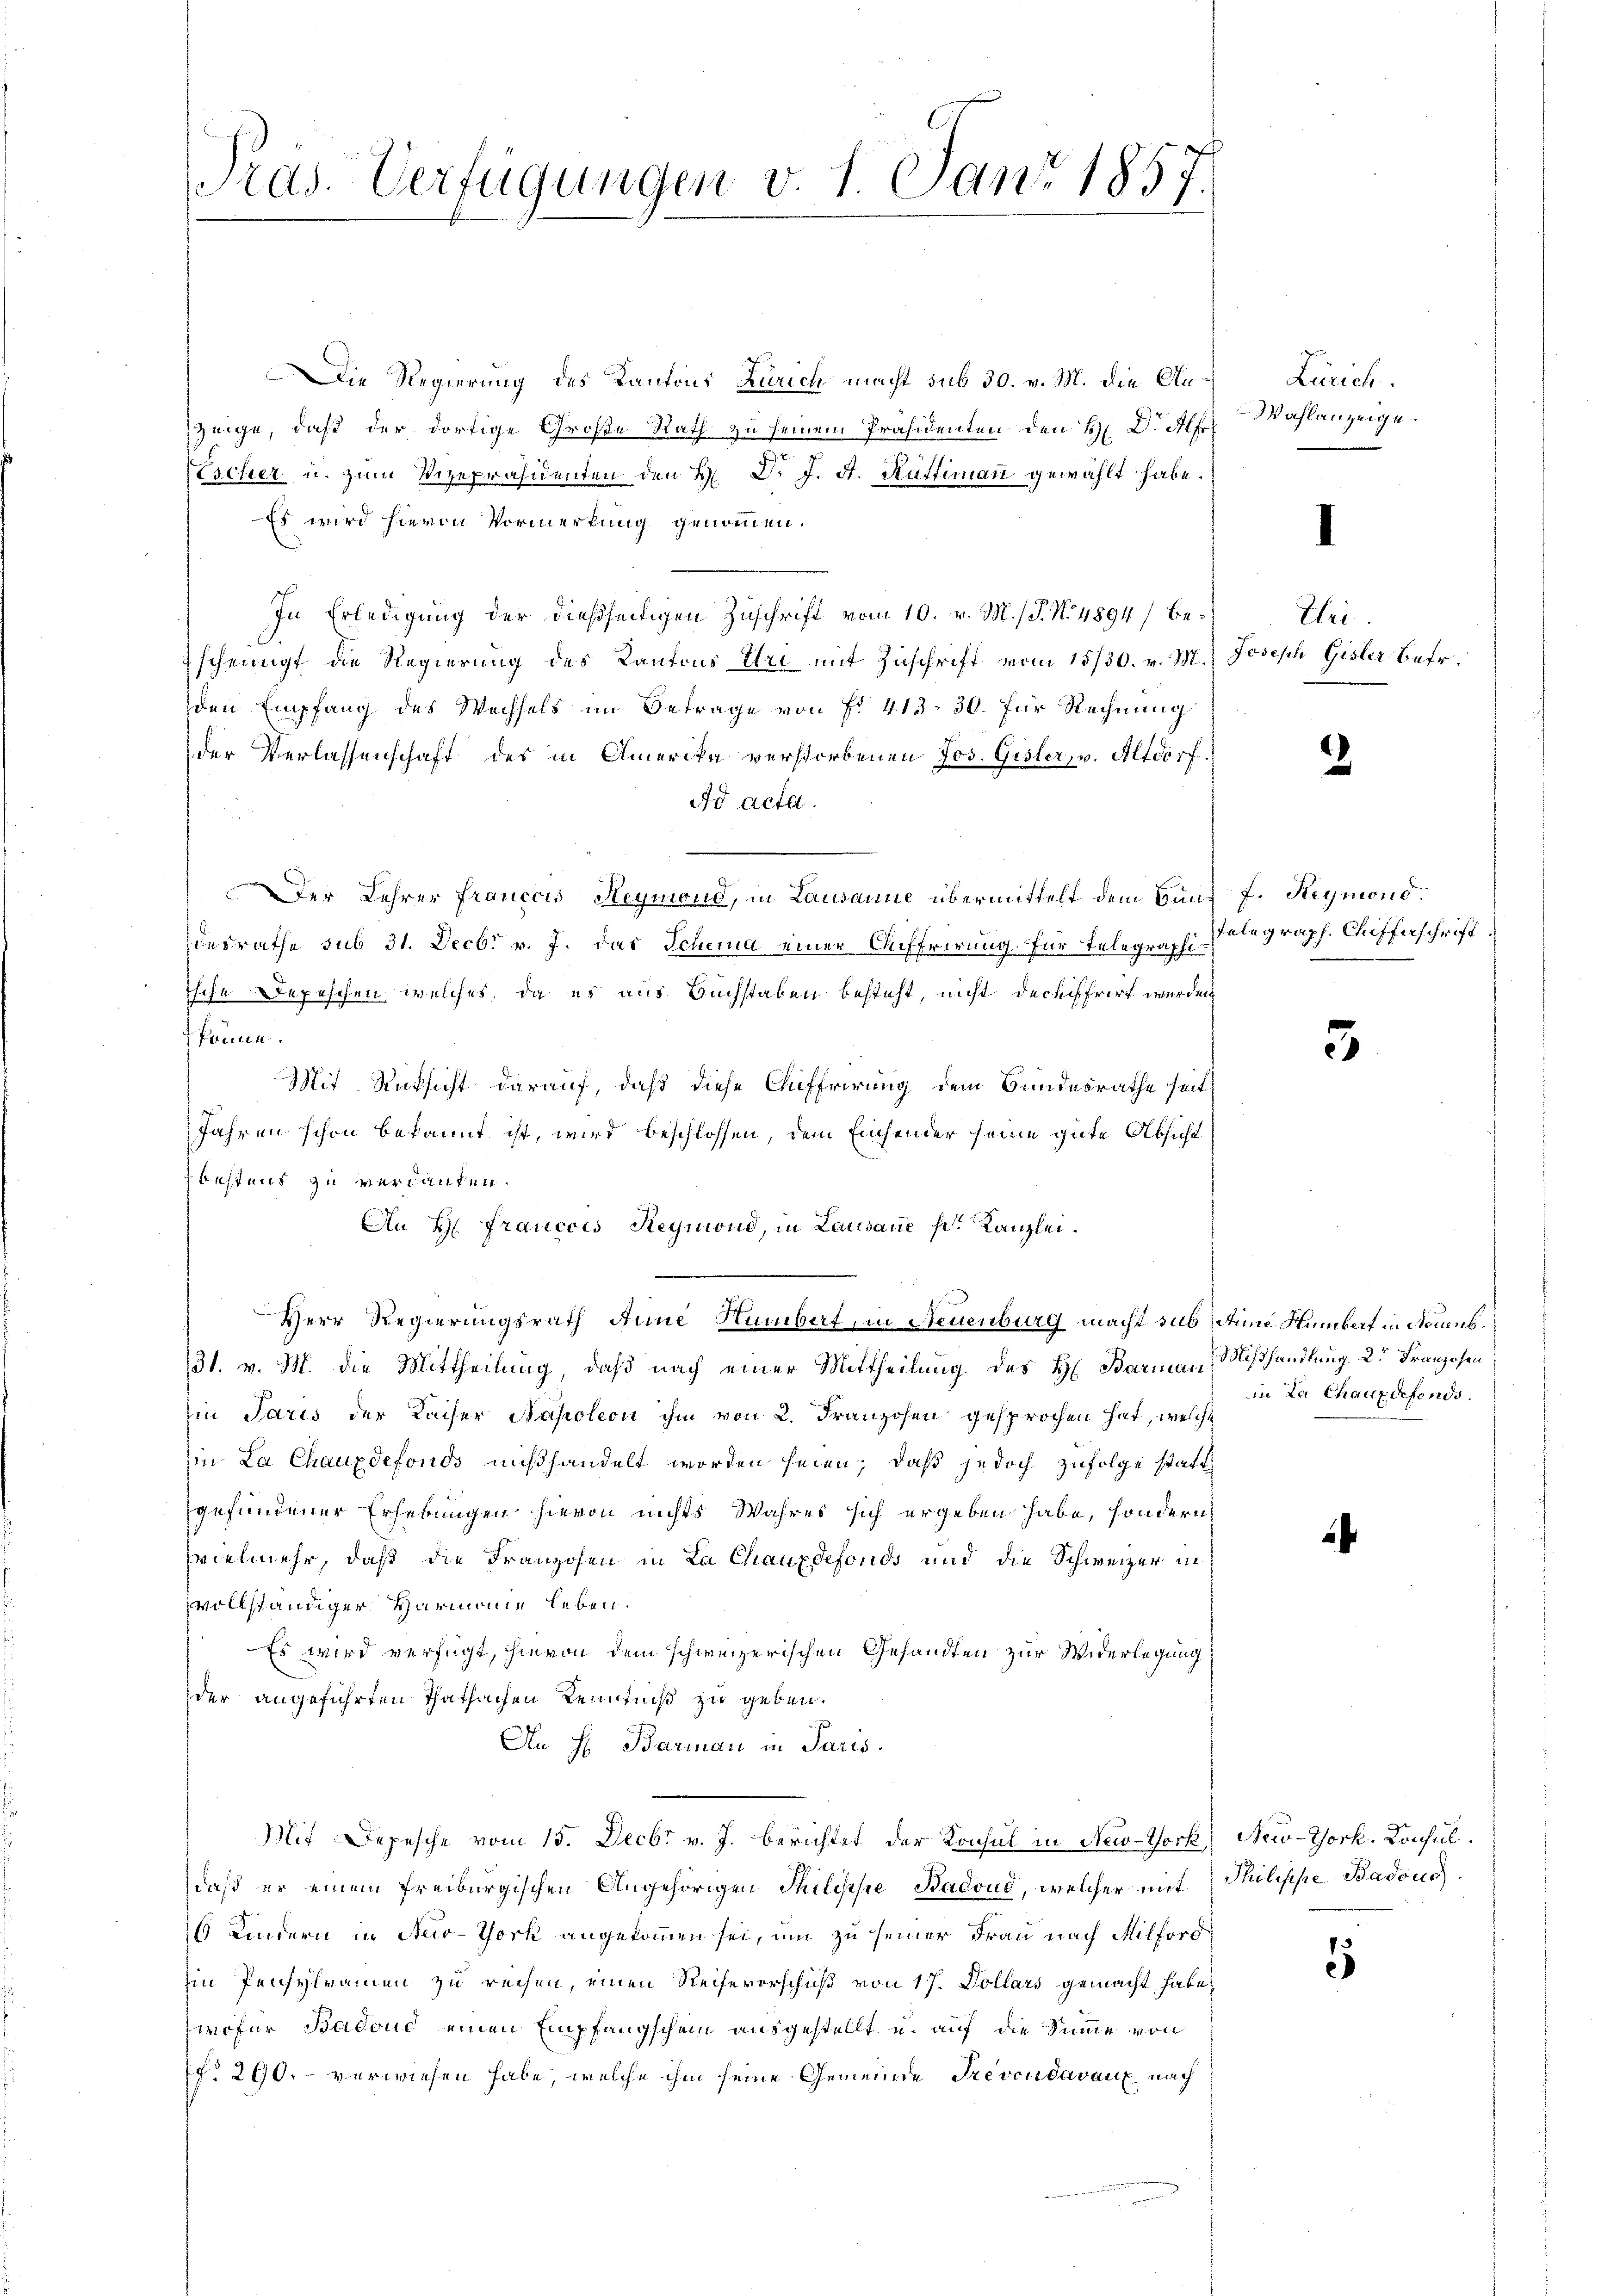
Tras. Verfügungen v. 1. Janz 1857.

Die Regierung des Kantons Zürich macht sub 30. v. M. die Anzeige, daß der dortige Große Rath zu seinem Präsidenten den H. Dr. Alfr
Escher u. zum Vizepräsidenten den H: Dr. J. A. Rüttimann gewählt habe.
Es wird hievon Vormerkung genommen.
In Erledigŭng der dießseitigen Zŭschrift vom 10. v. M. (T. No. 4894/ be- Uri.
Escheinigt die Regierung des Kantons Ulri mit Zuschrift vom 15/30. v. M. Joseph Gisler Betr.
den Empfang des Wechsels im Betrage von f. 413. 30. für Rechnung
der Verlassenschaft des in Amerika verstorbenen Jos. Gisler, v. Altdorf.
Ad acta.
Der Lehrer Francois Heynioud, in Lausanne übermittelt dem Bund 7. Reymond
desrathe sub 31. Decbr v. J. das Schema einer Auffrirung für Telegraphiische Depeschen, welches, da es aus Buchstaben besteht, nicht dechiffrirt werden
könne.
Mit Rücksicht darauf, daß diese Auffrirung dem Bandesrathe seit
Jahren schon bekannt ist, wird beschlossen, dem Einsender seine gute Absicht
bestens zu verdanken.
An H. Francois Reymond, in Lausane s. Kanzlei.
Herr Regierungsrath Anne Sumbert, in Neuenburg macht sub seine Stumbert in Neuenb.
31. v. M. die Mittheilung, daß nach einer Mittheilung des H. Barmann Mißhandlung der Franzosen
in Paris der Kaiser Napoleon ihm von 2. Franzosen gesprochen hat, welche
in La Chauxdefonds mißhandelt worden seien; daß jedoch zufolge statt
gefundener Erhebungen hievon nichts Wahres sich ergeben habe, sondern
Evielmehr, daß die Franzosen in La Chauxdefonds und die Schweizer in
vollständiger Harmonie leben.
Es wird verfügt, hievon dem schweizerischen Gesandten zur Widerlegung
der angeführten Thatsachen Kenntniß zu geben.
Au. H. Barman in Paris.
Mit Depesche vom 15. Decbr v. J. berichtet der Konsul in New-York New-York. Konsuldaß er einem freiburgischen Angehörigen Milihese Badond, welcher mit Thilippe Badous
16 Kindern in Aer-Tork angekommen sei, um zu seiner Frau nach Milford
Ein Pensylramen zu reisen, einen Reihevorschuß von 17. Dollars gemacht habe,
wofür Badouc einen Empfangschein ausgestellt, u. auf die Summe von
f. 290. - verwiesen habe, welche ihm seine Gemeinde Trevendavaux nach

Zürich.
Wahlanzeige

2

Telegraph. Chifferschrift

3

in La Chaux defonds.

¬

1